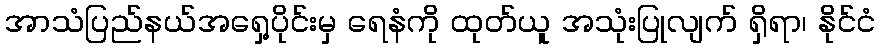
အာသံပြည်နယ်အရှေ့ပိုင်းမှ ရေနံကို ထုတ်ယူ အသုံးပြုလျက် ရှိရာ၊ နိုင်ငံ